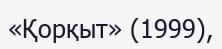
«Қорқыт» (1999),